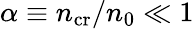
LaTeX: \alpha\equiv n_{\mathrm{cr}}/n_{0}\ll 1